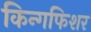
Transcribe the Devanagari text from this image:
किन्गफिशर